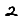
Digit: 2